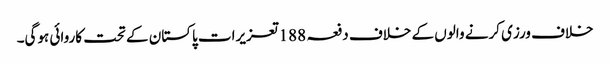
خلاف ورزی کرنے والوں کے خلاف دفعہ 188تعزیرات پاکستان کے تحت کاروائی ہوگی۔